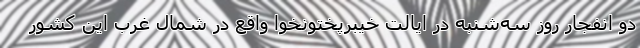
دو انفجار روز سه‌شنبه در ایالت خیبرپختونخوا واقع در شمال غرب این کشور